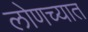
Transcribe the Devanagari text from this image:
लोणच्यात